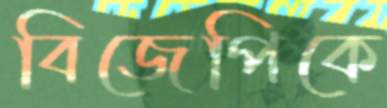
বিজেপিকে